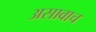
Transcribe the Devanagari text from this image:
असावाच